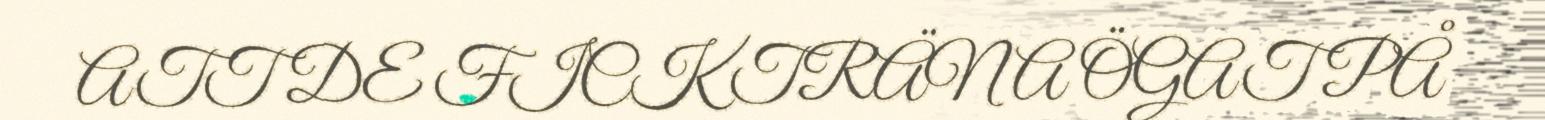
ATT DE FICK TRÄNA ÖGAT PÅ